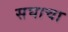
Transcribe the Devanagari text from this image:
सघाचा